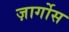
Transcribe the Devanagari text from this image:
ज़ार्गोस